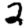
Digit: 2